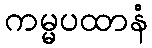
ကမ္မပထာနံ